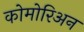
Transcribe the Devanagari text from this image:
कोमोरिअन